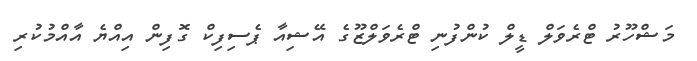
މަޝްހޫރު ޓްރެވަލް ޑީލް ކުންފުނި ޓްރެވަލްޒޫގެ އޭޝިއާ ޕެސިފިކް ގޮފިން އިއްޔެ އާއްމުކުރި